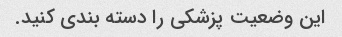
این وضعیت پزشکی را دسته بندی کنید.